Annual report on the Civil Veterinary Department, Burma (including the Insein Veterinary School) - 1923-1931
Year: 1923
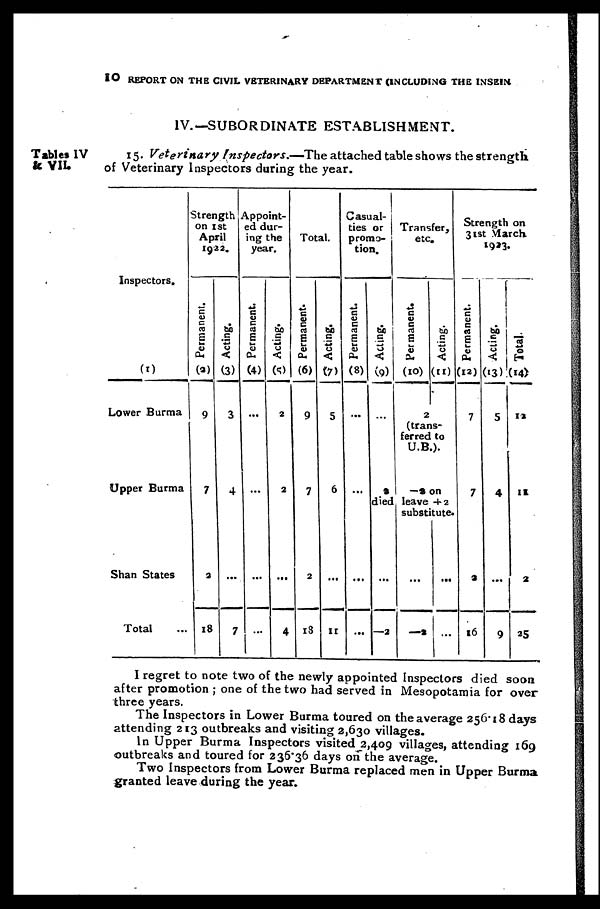
10 REPORT ON THE CIVIL VETERINARY DEPARTMENT (INCLUDING THE INSEIN.
IV.—SUBORDINATE ESTABLISHMENT.
Tables IV
& VII.
15. Veterinary Inspectors.—The attached table shows the strength
of Veterinary Inspectors during the year.
Inspectors.
(1)
Lower Burma
Upper Burma
Shan States
Total
Strength
on 1st
April
1922.
Permanent.
(3)
9
7
2
18
Acting.
(3)
3
4
...
7
Appoint-
ed dur-
ing the
year.
Permanent.
(4)
...
...
...
...
Acting.
(5)
2
2
...
4
Total.
Permanent.
(6)
9
7
2
18
Acting.
(7)
5
6
...
11
Casual-
ties or
promo-
tion.
Permanent.
(8)
...
...
...
Acting.
(9)
...
2
Transfer,
etc.
Permanent.
(10)
2
(trans-
ferred to
U.B.)
-2
Acting.
(11)
on
died leave +2
substitute.
...
—2
...
—2
...
...
Strength on
31st March
1923.
Permanent.
(12)
7
7
a
16
Acting.
(13)
5
4
...
9
Total.
(14)
12
11
2
25
I regret to note two of the newly appointed Inspectors died soon
after promotion ; one of the two had served in Mesopotamia for over
three years.
The Inspectors in Lower Burma toured on the average 256.18 days
attending 213 outbreaks and visiting 2,630 villages.
In Upper Burma Inspectors visited 2,409 villages, attending 169
outbreaks and toured for 236.36 days on the average.
Two Inspectors from Lower Burma replaced men in Upper Burma
granted leave during the year.